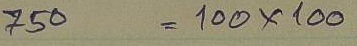
750 = 100 x 100